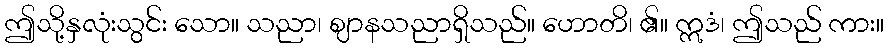
ဤသို့နှလုံးသွင်း သော။ သညာ၊ ဈာနသညာရှိသည်။ ဟောတိ၊ ၏။ ဣဒံ၊ ဤသည် ကား။